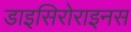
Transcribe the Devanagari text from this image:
डाइसिरोराइनस